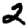
Digit: 2